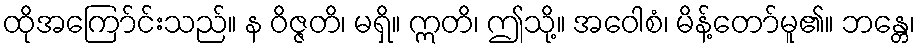
ထိုအကြော်င်းသည်။ န ဝိဇ္ဇတိ၊ မရှိ။ ဣတိ၊ ဤသို့။ အဝေါစံ၊ မိန့်တော်မူ၏။ ဘန္တေ၊